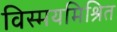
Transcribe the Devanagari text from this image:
विस्मयमिश्रित